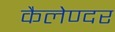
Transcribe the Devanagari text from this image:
कैलेण्दर